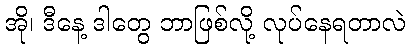
အို၊ ဒီနေ့ ဒါတွေ ဘာဖြစ်လို့ လုပ်နေရတာလဲ